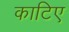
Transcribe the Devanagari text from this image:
काटिए